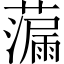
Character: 𫊁